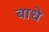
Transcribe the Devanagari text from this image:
बाधे